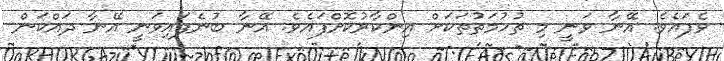
ވެފައެވެ. އޭނާ ވަނީ މި ތުހުމަތުތަކަށް އިންކާރުކޮށްފައެވެ. އޭނާ ބުނެފައިވަނީ އޭނާ ދައްކަން